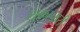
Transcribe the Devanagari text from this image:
शुक्राचारी